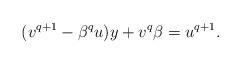
LaTeX: \begin{align*}(v^{q+1}-\beta^q u)y+v^q\beta =u^{q+1}.\end{align*}